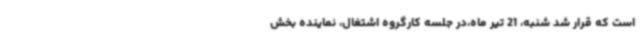
است که قرار شد شنبه، 21 تیر ماه،در جلسه کارگروه اشتغال، نماینده بخش